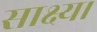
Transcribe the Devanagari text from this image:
साक्ष्य।